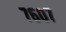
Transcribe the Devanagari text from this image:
७६०७